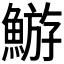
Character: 𩹊